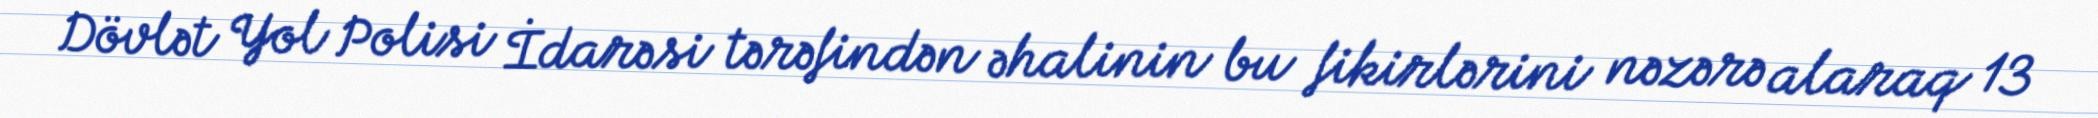
Dövlət Yol Polisi İdarəsi tərəfindən əhalinin bu fikirlərini nəzərə alaraq 13